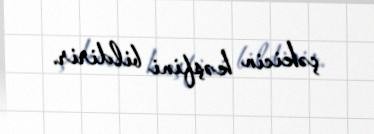
çəkicin kəşfini bildirir.